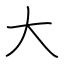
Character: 大